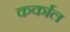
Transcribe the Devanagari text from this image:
कर्काल